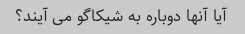
آیا آنها دوباره به شیکاگو می آیند؟